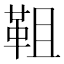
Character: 靻